Palivere_vallavalitsus, lk 5
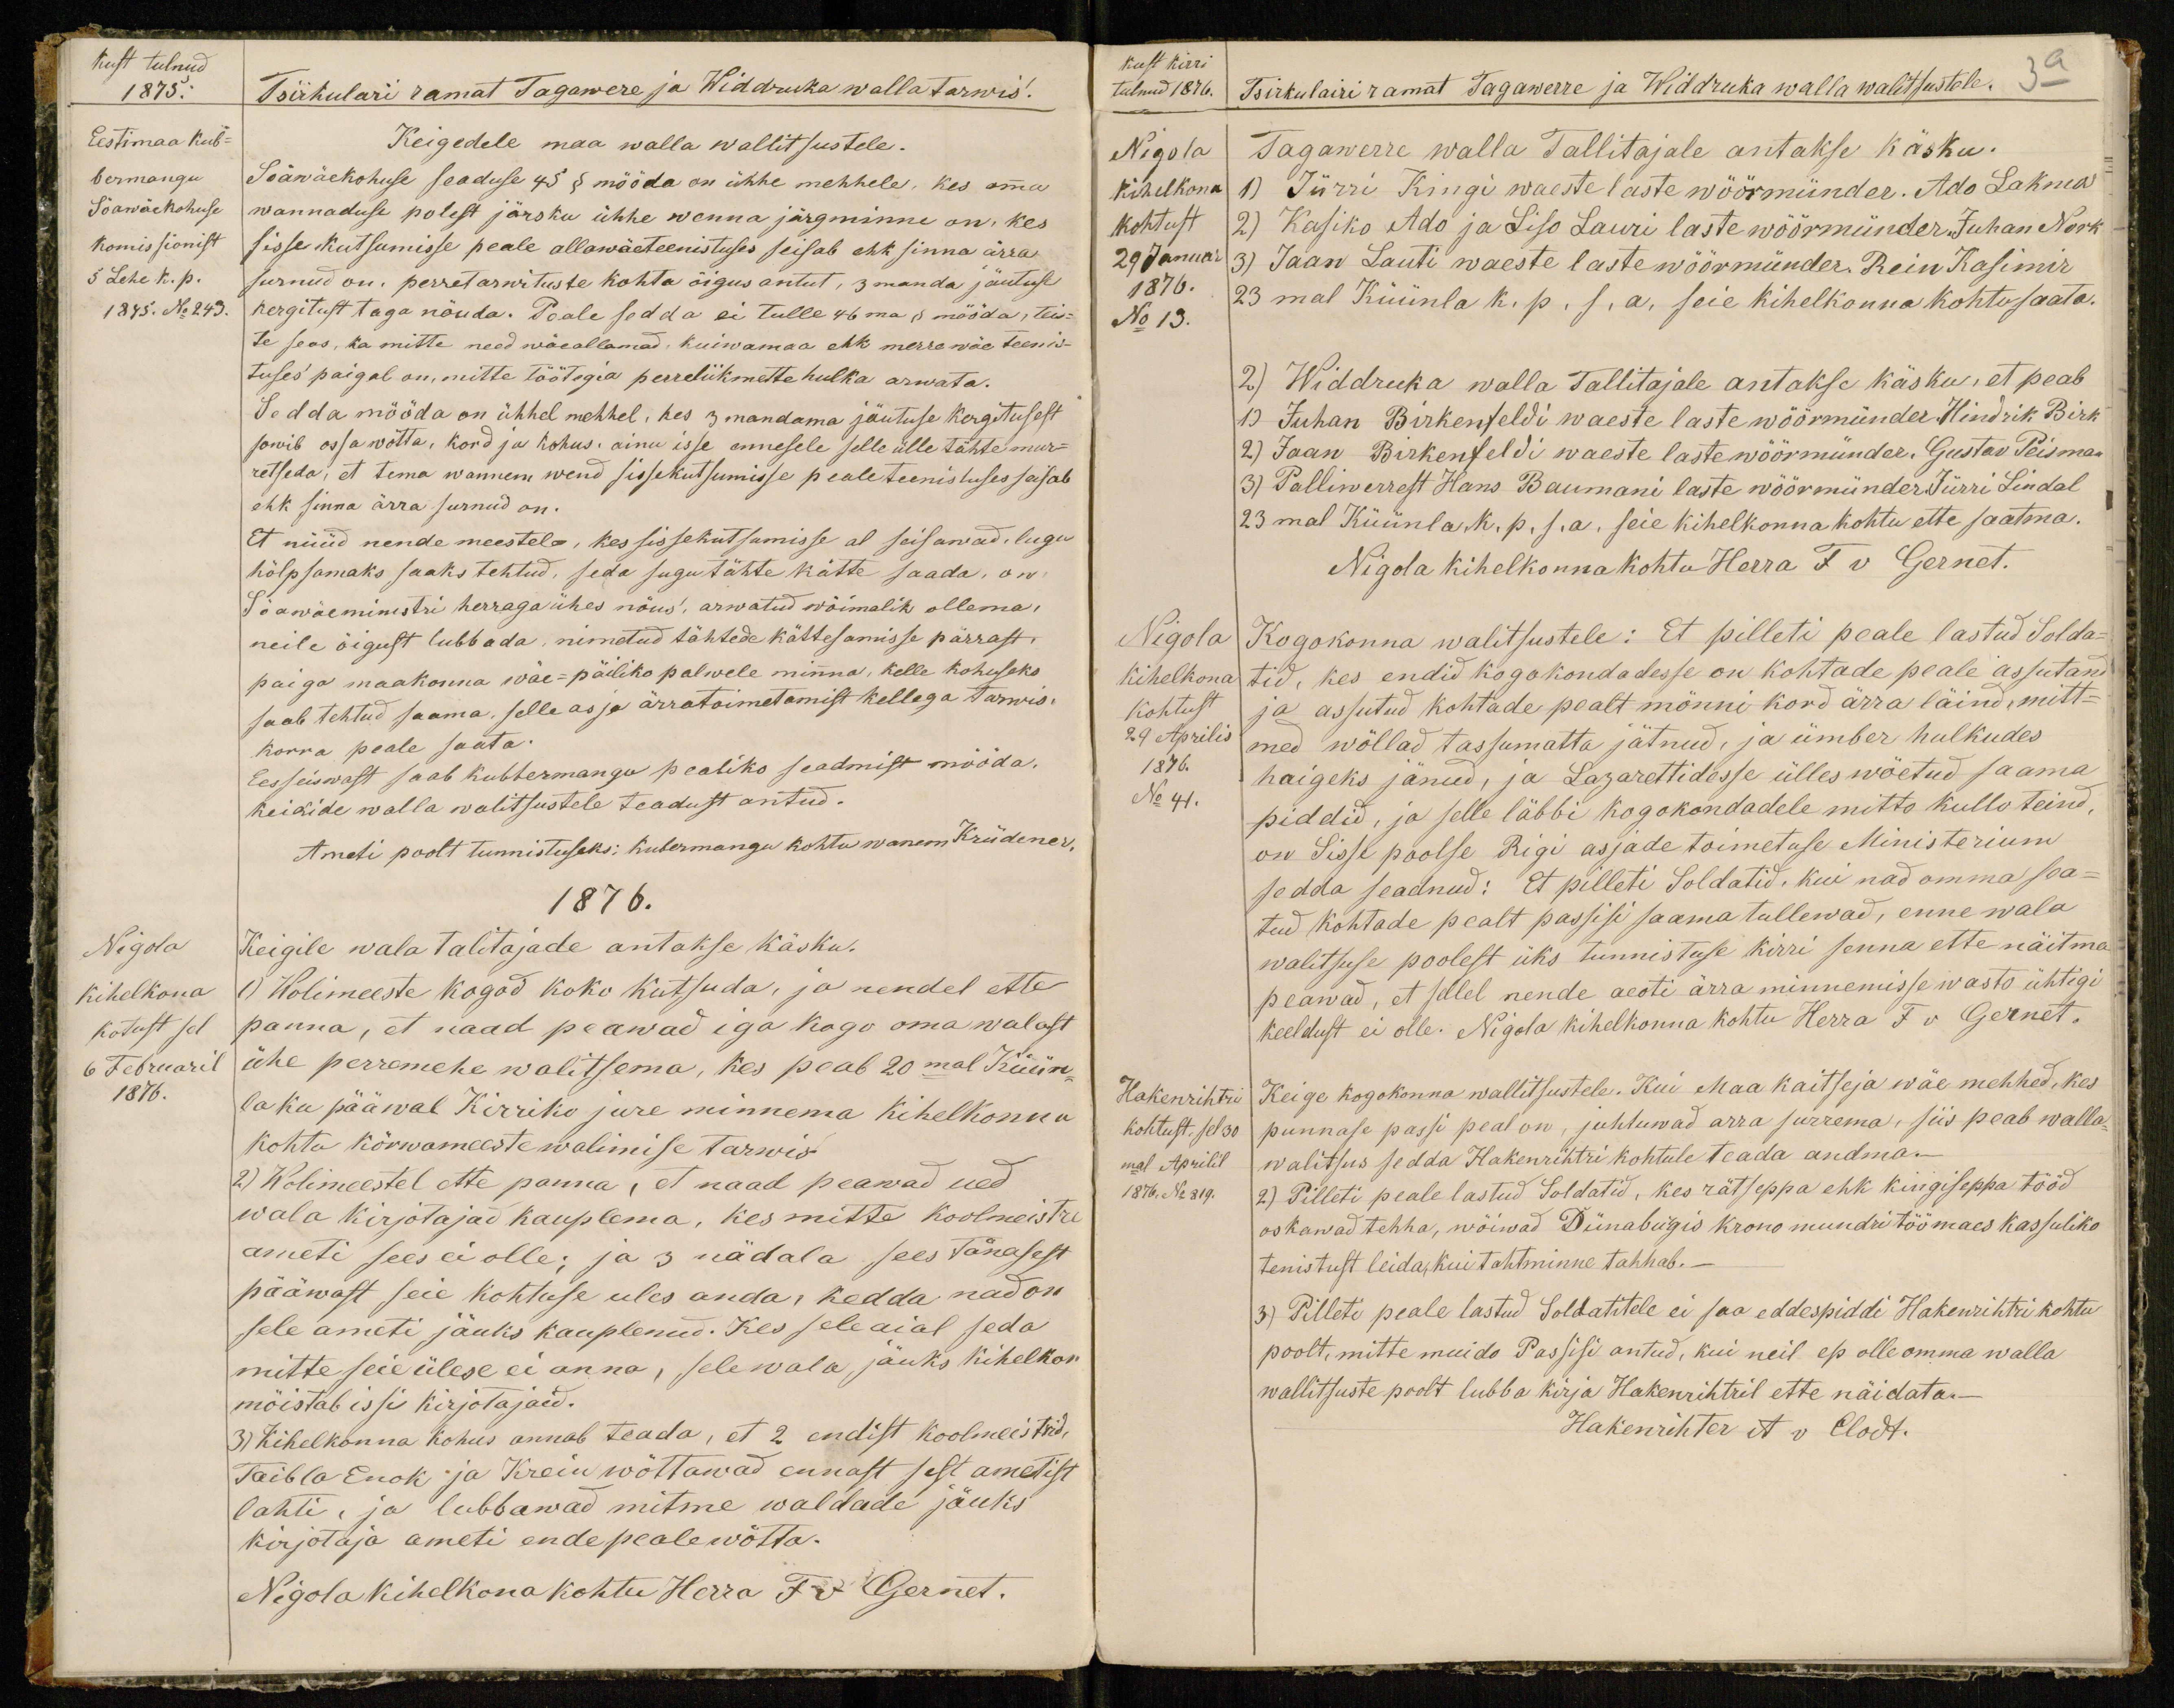
kust tulnud
1875.
Tsirkulari ramat Tagawere ja Widdruka walla tarwis!
Eestimaa kub-
bermangu
Söawäekohuse
komissionist
5 Lehe k. p.
1875. No 243.
Keigedele maa walla wallitsustele.
Söawäekohuse seaduse 45 § mööda on ühhe mehhele, kes oma
wannaduse polest järsku ühhe wenna järgminne on, kes
sisse kutsumisse peale allawäeteenistuses seisab ehk sinna ärra
surnud on, perretarwituste kohta õigus antut, 3 manda jäutuse
kergitust taga nöuda. Peale sedda ei tulle 46ma § mööda, teis-
te seas, ka mitte need wäeallamad, kuiwamaa ehk merre wäe teenis-
tuses paigal on, mitte töötegia perreliikmette hulka arwata.
Sedda mööda on ühhel mehhel, kes 3 mandama jäutuse kergitusest
sowib ossa wõtta, kord ja kohus, ainu isse ennesele selle ülle tähte mur-
retseda, et tema wannem wend sissekutsumisse peale teenistuses seisab
ehk sinna ärra surnud on.
Et nüüd nende meestele, kes sissekutsumisse al seisawad, lugu
hölpsamaks saaks tehtud, seda sugu tähte kätte saada, on
Söawäeministri herraga ühes nõus, arwatud wõimalik ollema,
neile õigust lubbada, nimetud tähtede kättesamisse pärrast,
paiga maakonna wäe-päiliko palwele minna, kelle kohuseks
saab tehtud saama, selle asja ärratoimetamist kellega tarwis,
korra peale saata.
Eesseiswast saab kubermangu pealiko seadmist mööda.
keigide walla walitsustele teadust antud.
Ameti poolt tunnistuseks: kubermangu kohtu wanem Krüdemer.
1876.
Nigola
Kihelkona
kotust sel
6 Februaril
1876.
Keigile wala talitajade antakse käsku.
1) Wolimeeste kogod koko kutsuda, ja nendel ette
panna, et naad peawad iga kogo oma walast
ühe perremehe walitsema, kes peab 20mal Küün-
la ku pääwal Kirriko jure minnema kihelkonna
kohto kõrwameeste walimise tarwis
2) Wolimeestel ette panna, et naad peawad ued
wala kirjotajad kauplema, kes mitte koolmeistri
ameti sees ei olle; ja 3 nädala sees tänasest
pääwast seie kohtuse ules anda, kedda nad on
sele ameti jäuks kauplenud. Kes sele aial seda
mitte seie ülese ei anna, sele wala jäuks kihelkon
mõistab issi kirjotajaid.
3) Kihelkonna kohus annab teada, et 2 endist koolmeistrid.
Taibla Enok ja Krein wõttawad ennast sest ametist
lahti, ja lubbawad mitme waldade jäuks
kirjotaja ameti ende peale wõtta.
Nigola kihelkona kohtu Herra F v Gernet.

kust kirri
tulnud 1876.
39
Tsirkulairi ramat Tagawerre ja Widdruka walla walitsustele.
Nigola
Kihelkona
kohtust
29 Januar
1876.
No 13.
Tagawerre walla Tallitajale antakse käsku-
1) Jürri Kingi waeste laste wöörmünder. Ado Lakma
2) Kasiko Ado ja Liso Lauri laste wöörmünder Juhan Nook
3) Jaan Lauti waeste laste wöörmünder. Rein Kasimir
23mal Küünla k. p. s. a. seie kihelkonna kohtu saata.
2) Widdruka walla Tallitajale antakse käsku, et peab
1) Juhan Birkenfeldi waeste laste wöörmünder Hindrik Birk
2) Jaan Birkenfeldi waeste laste wöörmünder. Gustav Peisman
3) Palliwerrest Hans Baumani laste wöörmünder Jürri Lindal
23mal Küünla k. p. s. a. seie kihelkonna kohtu ette saatma.
Nigola kihelkonna kohtu Herra F v Gernet.
Nigola
Kihelkona
Kohtust
29 Aprilis
1876.
No 41.
Kogokonna walitsustele: Et pilleti peale lastud Solda-
tid, kes endid kogokondadesse on kohtade peale assutand
ja assutud kohtade pealt mönni kord ärra läind, mitt-
med wöllad tassumatta jätnud, ja ümber hulkudes
haigeks jänud, ja Lazarettidesse ülles wõetud saama
piddid, ja selle läbbi kogokondadele mitto kullo teind,
on Sisse poolse Rigi asjade toimetuse Ministerium
sedda seadnud: Et pilleti soldatid. Kui nad omma sea-
tud kohtade pealt passisi saama tullewad, enne wala
walitsuse poolest üks tunnistuse kirri senna ette näitma
peawad, et sellel nende aeati ärra minnemisse wasto ühtigi
keeldust ei olle. Nigola kihelkonna kohtu Herra F v Gernet.
Hakenrihtri
kohtust, sel 30
mal Aprilil
1876. No 819.
Keige kogokonna wallitsustele. Kui Maa kaitseja wäe mehhed, kes
punnase passi peal on, juhtuwad ärra surrema, siis peab walla-
walitsus sedda Hakenrihtri kohtule teada andma.-
2) Pilleti peale lastud Soldatid, kes rätseppa ehk kingiseppa tööd
oskawad tehha, wõiwad Dünaburgis krono mundri töömaes kassuliko
tenistust leida, kui tahtminne tahhab.-
3) Pilleti peale lastud Soldatitele ei saa eddespiddi Hakewihtri kohtu
poolt, mitte muido Passisi antud, kui neil ep olle omma walla
wallitsuste poolt lubba kirja Hakenrihtril ette näidata.-
Hakenrihter A v Clodt.